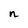
Character: n